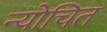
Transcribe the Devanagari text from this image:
न्योचित